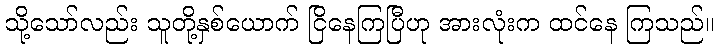
သို့သော်လည်း သူတို့နှစ်ယောက် ငြိနေကြပြီဟု အားလုံးက ထင်နေ ကြသည်။